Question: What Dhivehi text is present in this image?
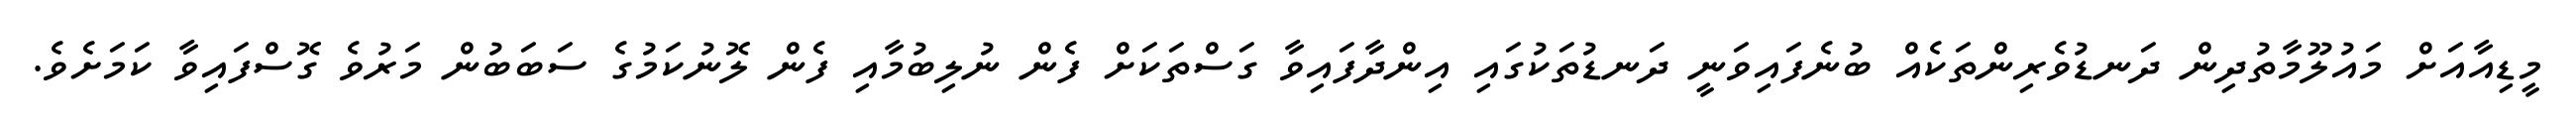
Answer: މީޑިއާއަށް މައުލޫމާތުދިން ދަނޑުވެރިންތަކެއް ބުނެފައިވަނީ ދަނޑުތަކުގައި އިންދާފައިވާ ގަސްތަކަށް ފެން ނުލިބުމާއި ފެން ލޮނުކަމުގެ ސަބަބުން މަރުވެ ގޮސްފައިވާ ކަމަށެވެ.